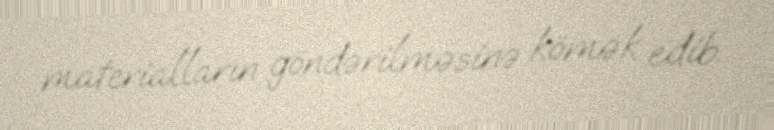
materialların göndərilməsinə kömək edib.